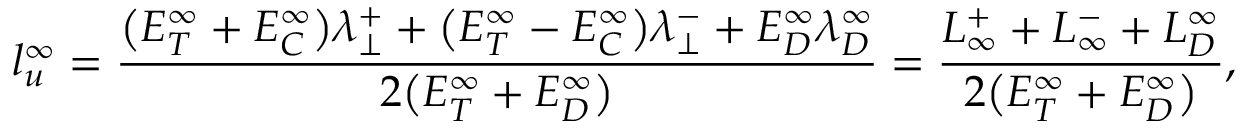
l _ { u } ^ { \infty } = \frac { \big ( E _ { T } ^ { \infty } + E _ { C } ^ { \infty } \big ) \lambda _ { \perp } ^ { + } + \big ( E _ { T } ^ { \infty } - E _ { C } ^ { \infty } \big ) \lambda _ { \perp } ^ { - } + E _ { D } ^ { \infty } \lambda _ { D } ^ { \infty } } { 2 \big ( E _ { T } ^ { \infty } + E _ { D } ^ { \infty } \big ) } = \frac { L _ { \infty } ^ { + } + L _ { \infty } ^ { - } + L _ { D } ^ { \infty } } { 2 \big ( E _ { T } ^ { \infty } + E _ { D } ^ { \infty } \big ) } ,